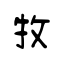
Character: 牧